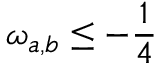
\omega _ { a , b } \leq - \frac { 1 } { 4 }